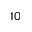
_ { 1 0 }